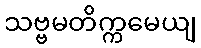
သဗ္ဗမတိက္ကမေယျ